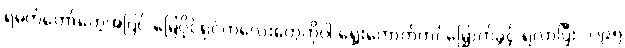
ရဲမက်တော်တွေအပြင် မြေပိုင်ရှင်ကလေးတွေကိုပါ ရွေးကောက်တင်မြှောက်ခွင့် ရလာပြီး ၁၂၉၅